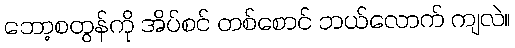
ဘော့စတွန်ကို အိပ်စင် တစ်စောင် ဘယ်လောက် ကျလဲ။